Report of the King Institute of Preventive Medicine, Guindy
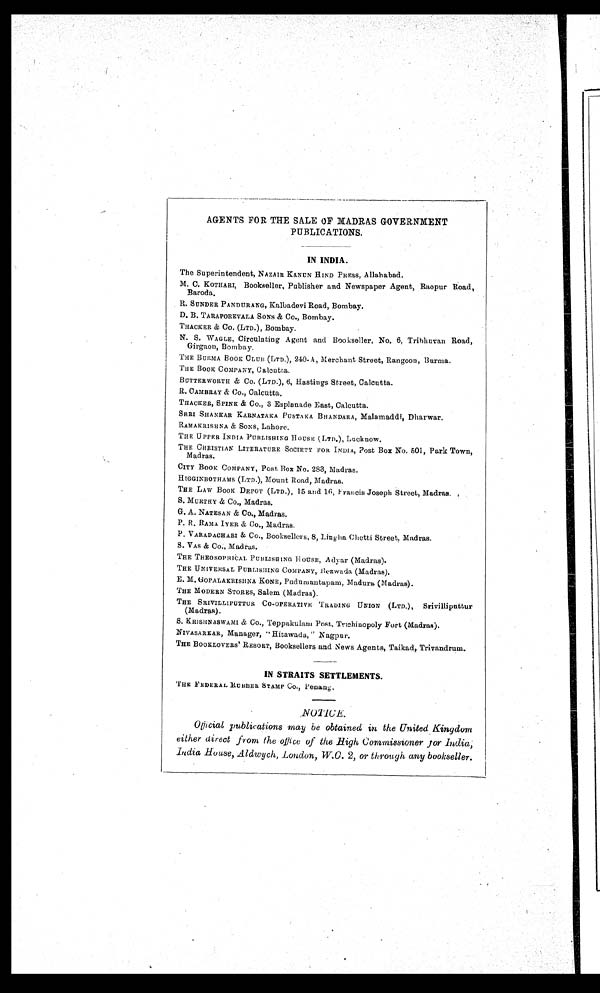
AGENTS FOR THE SALE OF MADRAS GOVERNMENT
PUBLICATIONS.
IN INDIA .
The Superintendent, NAZAIR KANUN HIND PRESS , Allahabad.
M. C. KOTHARI, Bookseller, Publisher and Newspaper Agent, Raopur Road,
Baroda.
R. SUNDER PANDURANG, Kalbadevi Road, Bombay.
D. B. TARAPOREVALA SONS & Co., Bombay.
THACKER & Co. (LTD.), Bombay.
N. S. WAGLE, Circulating Agent and Bookseller, No. 6, Tribhuvan Road,
Girgaon, Bombay.
THE BURMA BOOK CLUB (LTD.), 240-A, Merchant Street, Rangoon, Burma.
THE BOOK COMPANY, Calcutta.
BUTTERWORTH & Co. (LTD.), 6, Hastings Street, Calcutta.
R. CAMBRAY & Co., Calcutta.
THACKER, SPINK & Co., 3 Esplanade East, Calcutta.
SHRI SHANKAR KARNATAKA PUSTAKA BHANDARA, Malamddi, Dharwar.
RAMAKRISHNA & SONS, Lahore.
THE UPPER INDIA PUBLISHING HOUSE (LTD.), Lucknow.
THE CHRISTIAN LITERATURE SOCIETY FOR INDIA, Post Box No. 501, Park Town,
Madras.
CITY BOOK COMPANY, Post Box No. 283, Madras.
HIGGINBOTHAMS (LTD.), Mount Road, Madras.
THE LAW BooK DEPOT (LTD.), 15 and 16, Francis Joseph Street, Madras
.
S. MURTHY & Co., Madras.
G. A. NATESAN & Co., Madras.
P. R. RAMA IYER & Co., Madras.
P. VARADACHARI & Co., Booksellers, 8, Lingha Chetti Street, Madras.
S. VAS & Co., Madras.
THE THEOSOPHICAL PUBLISHING HOUSE, Adyar (Madras).
THE UNIVERSAL PUBLISHING COMPANY, Bezwada (Madras).
E. M. GOPALAKRISHNA KONE, Pudumantapam, Madura (Madras).
THE MODERN STORES, Salem (Madras).
THE SRIVILLIPUTTUR CO-OPERATIVE TRADING UNION (LTD.),
Srivillipattur
(Madras).
S. KRISHNASWAMI & Co., Teppakulam Post. Truchinopoly Fort (Madras).
NIVASARKAR, Manager, "Hitawada," Nagpur.
THE BOOKLOVERS' RESORT, Booksellers and News Agents, Taikad, Trivandrum.
IN STRAITS SETTLEMENTS.
THE FEDERAL RUBBER STAMP Co., Penang.
NOTICE.
Official publications may be obtained in the United Kingdom
either direct from the office of the High Commissioner for India,
India House, Aldwych, London, W.C. 2, or through any bookseller.